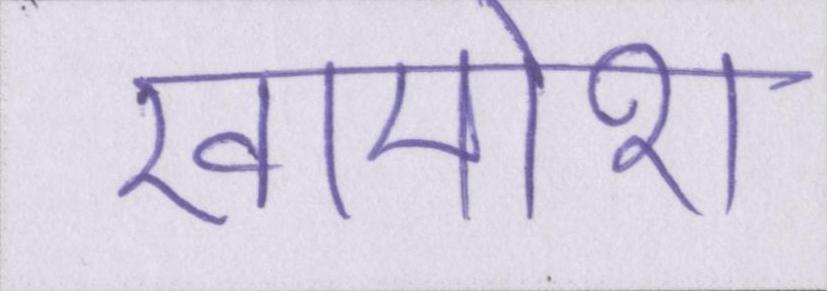
खामोश